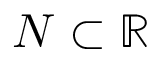
N \subset \mathbb { R }